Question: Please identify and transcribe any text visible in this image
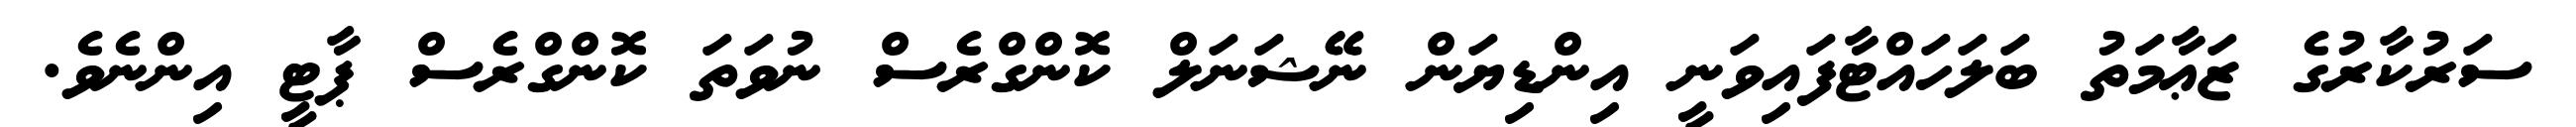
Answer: ސަރުކާރުގެ ޒަޢާމަތު ބަލަހައްޓާފައިވަނީ އިންޑިޔަން ނޭޝަނަލް ކޮންގްރެސް ނުވަތަ ކޮންގްރެސް ޕާޓީ އިންނެވެ.